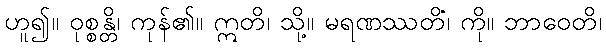
ဟူ၍။ ဝုစ္စန္တိ၊ ကုန်၏။ ဣတိ၊ သို့။ မရဏဿတိံ၊ ကို။ ဘာဝေတိ၊